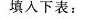
填入下表：